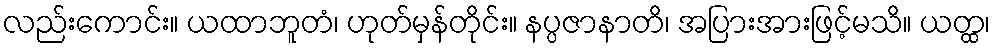
လည်းကောင်း။ ယထာဘူတံ၊ ဟုတ်မှန်တိုင်း။ နပ္ပဇာနာတိ၊ အပြားအားဖြင့်မသိ။ ယတ္ထ၊